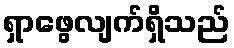
ရှာဖွေလျက်ရှိသည်